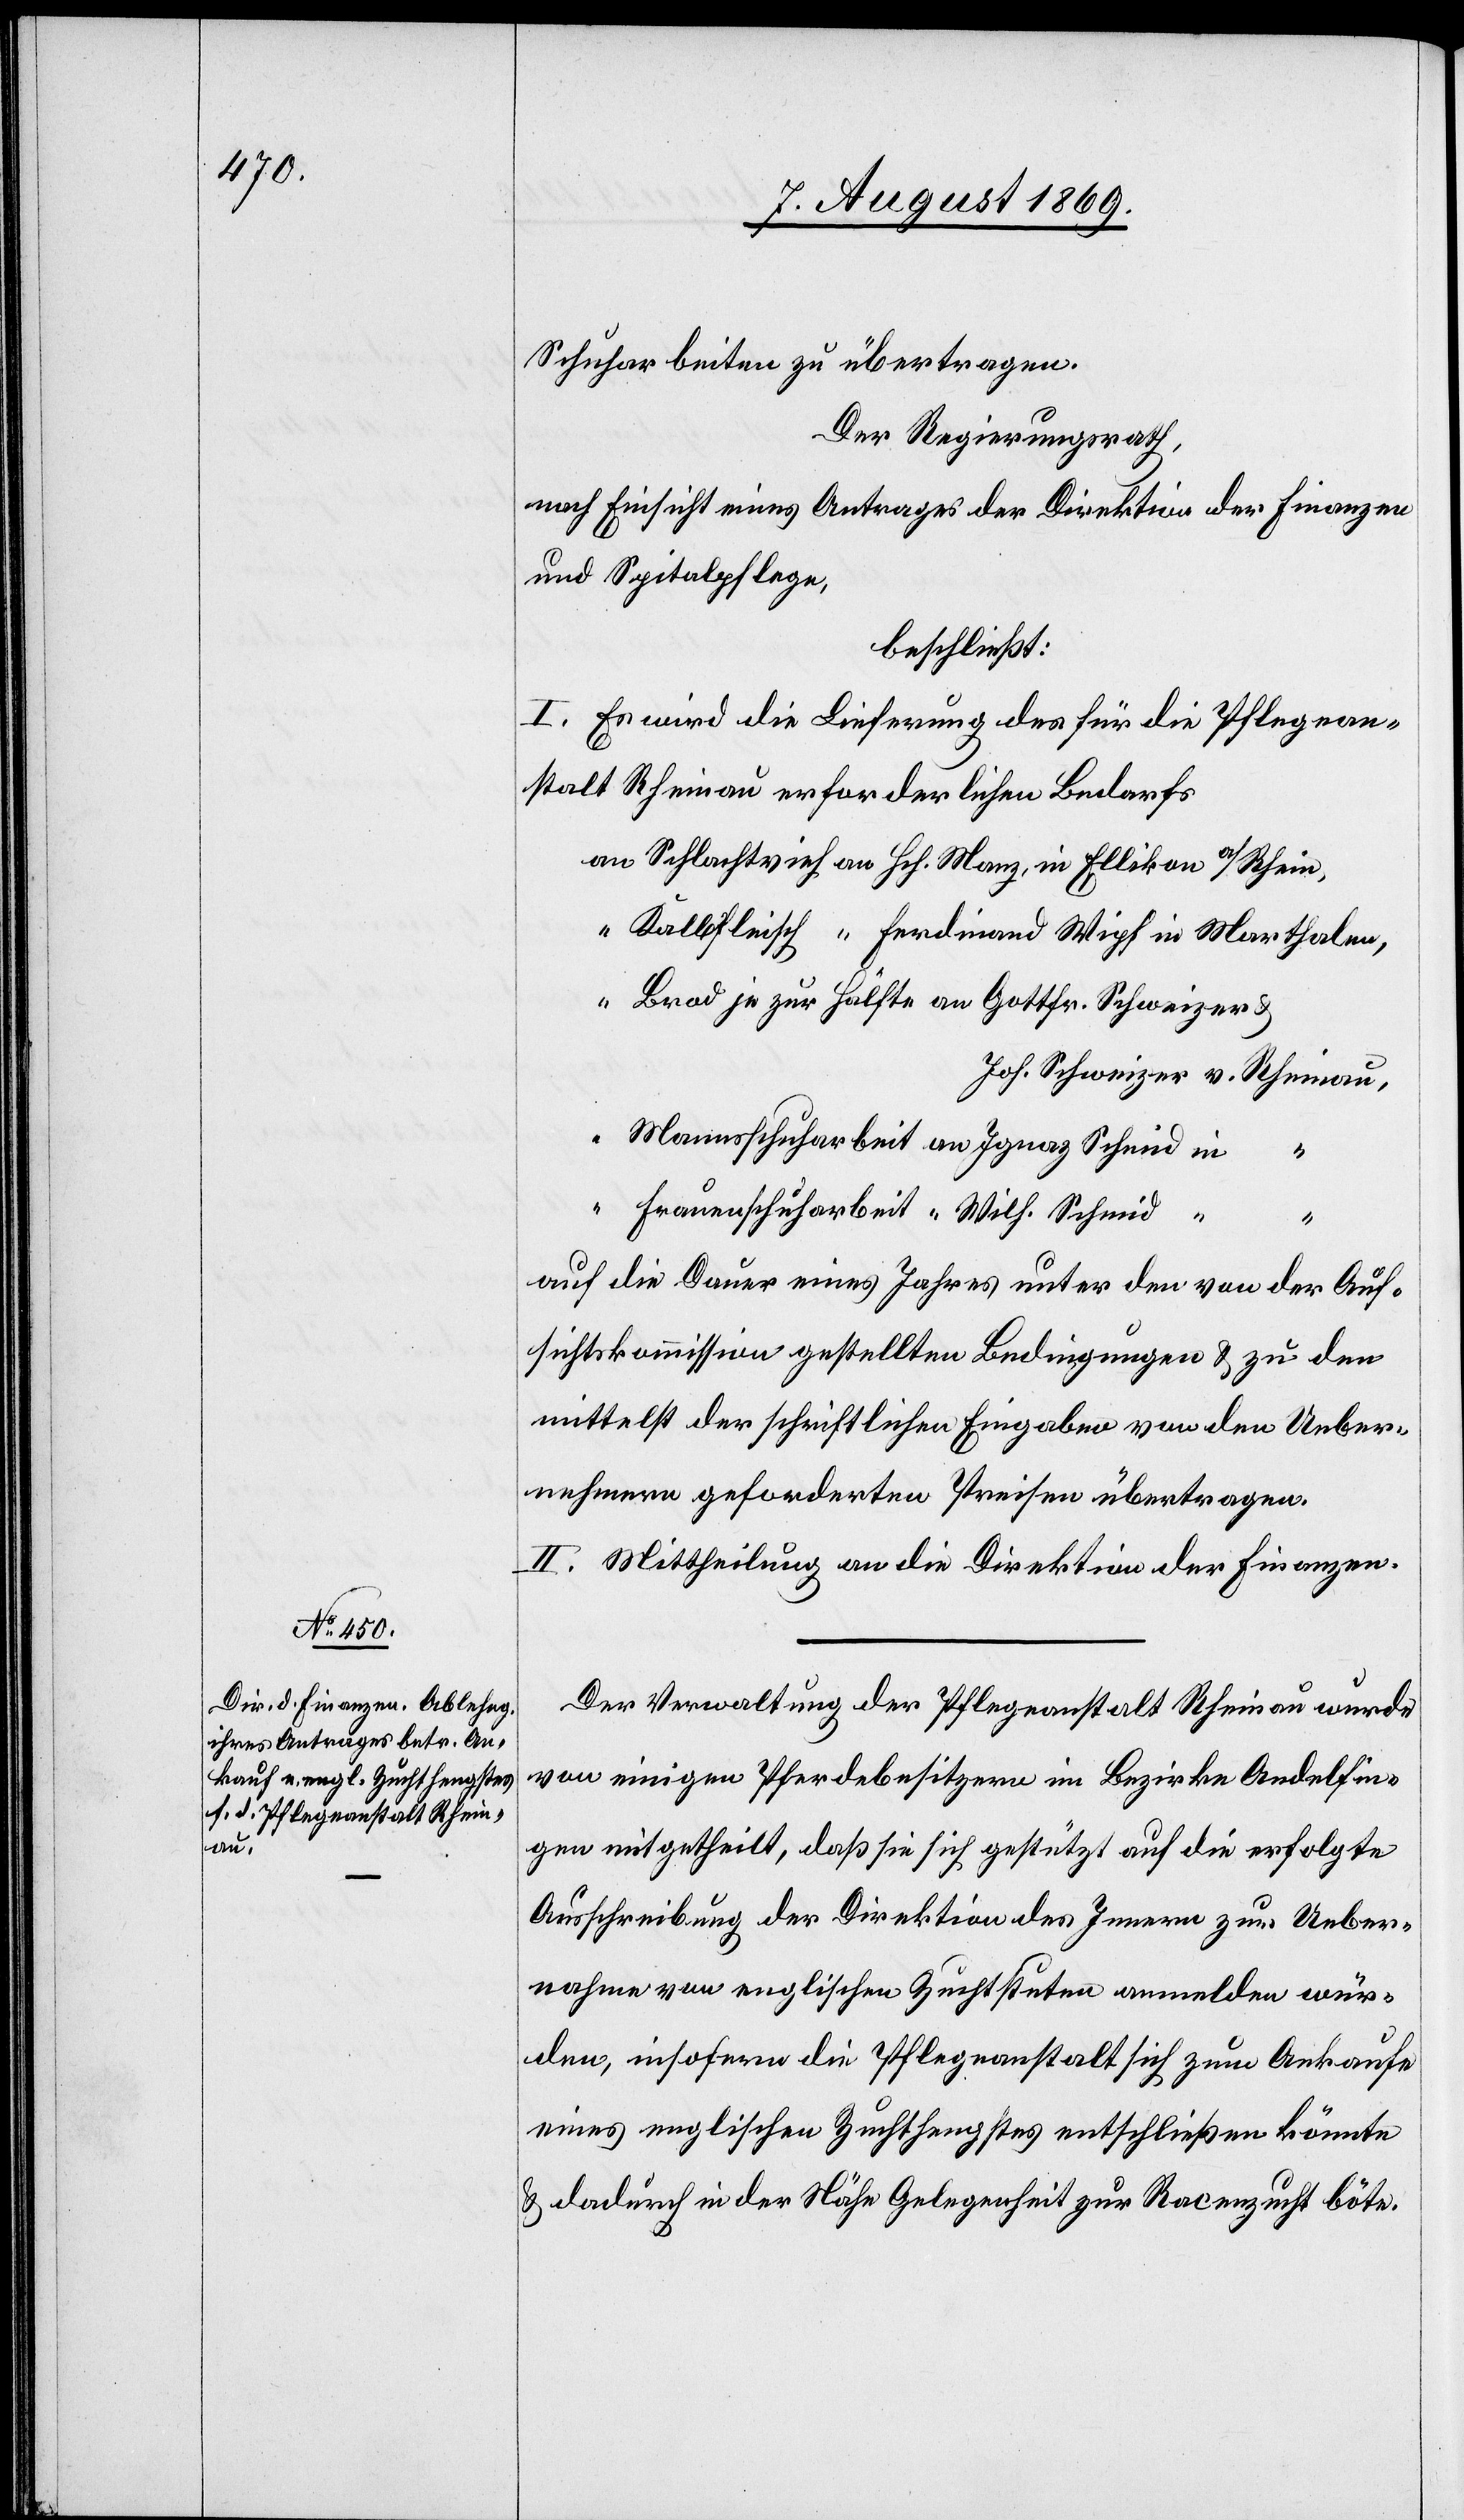
Schuharbeiten zu übertragen.
Der Regierungsrath,
nach Einsicht eines Antrages der Direktion der Finanzen
und Spitalpflege,
beschließt:
I. Es wird die Lieferung des für die Pflegean¬
stalt Rheinau erforderlichen Bedarfs
an Schlachtvieh an Hch. Manz, in Ellikon a/Rhein,
“ Kalbfleisch “ Ferdinand Wipf in Marthalen,
“ Brod je zur Hälfte an Gottfr. Schweizer &
Joh. Schweizer v. Rheinau,
Mannsschuharbeit an Iganz Schmid in
“
Frauenschuharbeit “ Wilhelm Schmid
“
auf die Dauer eines Jahres unter den von der Auf¬
sichtskommission gestellten Bedingungen & zu den
mittelst der schriftlichen Eingaben von den Ueber¬
nehmern geforderten Preisen übertragen.
II. Mittheilung an die Direktion der Finanzen.
Der Verwaltung der Pflegeanstalt Rheinau wurde
von einigen Pferdebesitzern im Bezirke Andelfin¬
gen mitgetheilt, daß sie sich gestützt auf die erfolgte
Ausschreibung der Direktion des Innern zur Ueber¬
nahme von englischen Zuchtstuten anmelden wür¬
den, insofern die Pflegeanstalt sich zum Ankaufe
eines englischen Zuchthengstes entschließen könnte
& dadurch in der Nähe Gelegenheit zur Racenzucht böte.